Annual report on the Civil Veterinary Department, Burma (including the Insein Veterinary School) - 1910-1922
Year: 1910
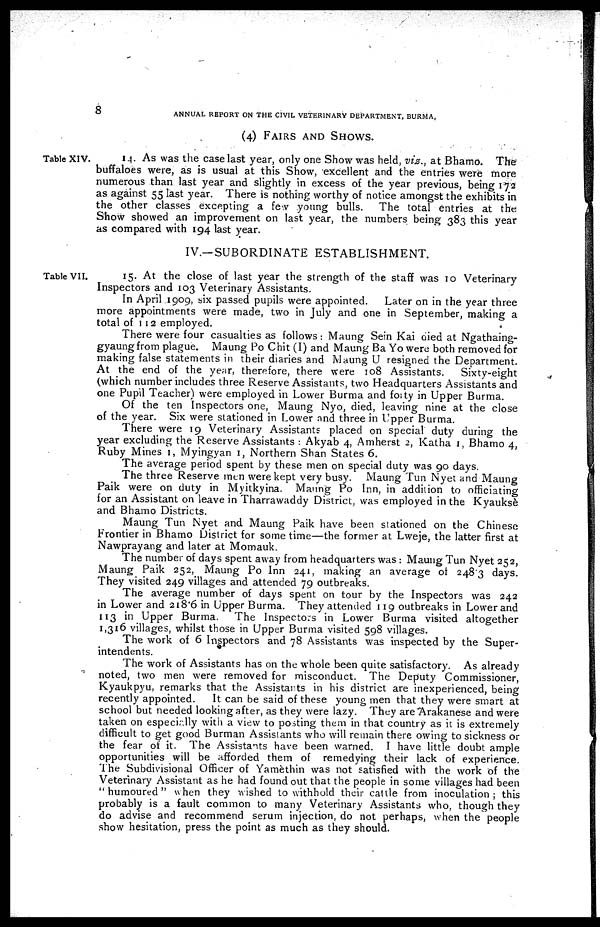
8
ANNUAL REPORT ON THE CIVIL VETERINARY DEPARTMENT, BURMA,
(4) Fairs and Shows.
Table XIV.
14. As was the case last year, only one Show was held, viz., at Bhamo. The
buffaloes were, as is usual at this Show, excellent and the entries were more
numerous than last year and slightly in excess of the year previous, being 172
as against 55 last year. There is nothing worthy of notice amongst the exhibits in
the other classes excepting a few young bulls. The total entries at the
Show showed an improvement on last year, the numbers being 383 this year
as compared with 194 last year.
IV.—SUBORDINATE ESTABLISHMENT.
Table VII.
15. At the close of last year the strength of the staff was 10 Veterinary
Inspectors and 103 Veterinary Assistants.
In April 1909, six passed pupils were appointed.
Later on in the year three
more appointments were made, two in July and one in September, making a
total of 112 employed.
There were four casualties as follows: Maung Sein Kai died at Ngathaing-
gyaung from plague. Maung Po Chit (I) and Maung Ba Yo were both removed for
making false statements in their diaries and Maung U resigned the Department.
At the end of the year, therefore, there were 108 Assistants.
Sixty-eight
(which number includes three Reserve Assistants, two Headquarters Assistants and
one Pupil Teacher) were employed in Lower Burma and forty in Upper Burma.
Of the ten Inspectors one, Maung Nyo, died, leaving nine at the close
of the year. Six were stationed in Lower and three in Upper Burma.
There were 19 Veterinary Assistants placed on special duty during the
year excluding the Reserve Assistants : Akyab 4, Amherst 2, Katha 1, Bhamo 4,
Ruby Mines 1, Myingyan 1, Northern Shan States 6.
The average period spent by these men on special duty was 90 days.
The three Reserve men were kept very busy. Maung Tun Nyet and Maung
Paik were on duty in Myitkyina. Maung Po Inn, in addition to officiating
for an Assistant on leave in Tharrawaddy District, was employed in the Kyauksè
and Bhamo Districts.
Maung Tun Nyet and Maung Paik have been stationed on the Chinese
Frontier in Bhamo District for some time—the former at Lweje, the latter first at
Nawprayang and later at Momauk.
The number of days spent away from headquarters was : Maung Tun Nyet 252,
Maung Paik 252, Maung Po Inn 241, making an average of 2483 days.
They visited 249 villages and attended 79 outbreaks.
The average number of days spent on tour by the Inspectors was 242
in Lower and 218.6 in Upper Burma. They attended 119 outbreaks in Lower and
113 in Upper Burma.
The Inspectors in Lower Burma visited altogether
1,316 villages, whilst those in Upper Burma visited 598 villages.
The work of 6 Inspectors and 78 Assistants was inspected by the Super-
intendents.
The work of Assistants has on the whole been quite satisfactory. As already
noted, two men were removed for misconduct. The Deputy Commissioner,
Kyaukpyu, remarks that the Assistants in his district are inexperienced, being
recently appointed.
It can be said of these young men that they were smart at
school but needed looking after, as they were lazy. They are Arakanese and were
taken on especially with a view to posting them in that country as it is extremely
difficult to get good Burman Assistants who will remain there owing to sickness or
the fear of it. The Assistants have been warned. I have little doubt ample
opportunities will be afforded them of remedying their lack of experience.
The Subdivisional Officer of Yamèthin was not satisfied with the work of the
Veterinary Assistant as he had found out that the people in some villages had been
"humoured" when they wished to withhold their cattle from inoculation; this
probably is a fault common to many Veterinary Assistants who, though they
do advise and recommend serum injection, do not perhaps, when the people
show hesitation, press the point as much as they should.